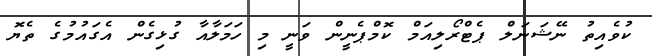
ކުވެއިތު ނޭޝަނަލް ޕެޓްރޯލިއަމް ކޮމްޕެނީން ވަނީ މި ހަމަލާއާ ގުޅިގެން އެގައުމުގެ ތެޔޮ